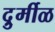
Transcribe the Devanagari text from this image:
दुर्र्मीळ